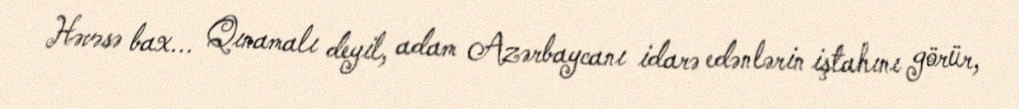
Həvəsə bax... Qınamalı deyil, adam Azərbaycanı idarə edənlərin iştahını görür,